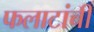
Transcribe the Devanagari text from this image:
फलाटांची